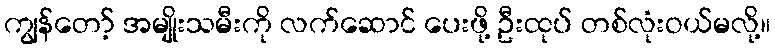
ကျွန်တော့် အမျိုးသမီးကို လက်ဆောင် ပေးဖို့ ဦးထုပ် တစ်လုံးဝယ်မလို့။